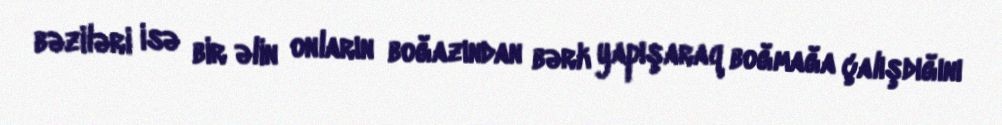
bəziləri isə bir əlin onların boğazından bərk yapışaraq boğmağa çalışdığını